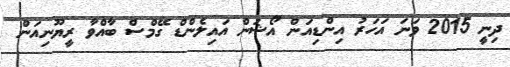
ދިނީ 2015 ވަނަ އަހަރު އިންޑިއަން އޯޝަން އައިލެންޑް ގޭމްސް ބާއްވާ ރީޔޫނިއަން